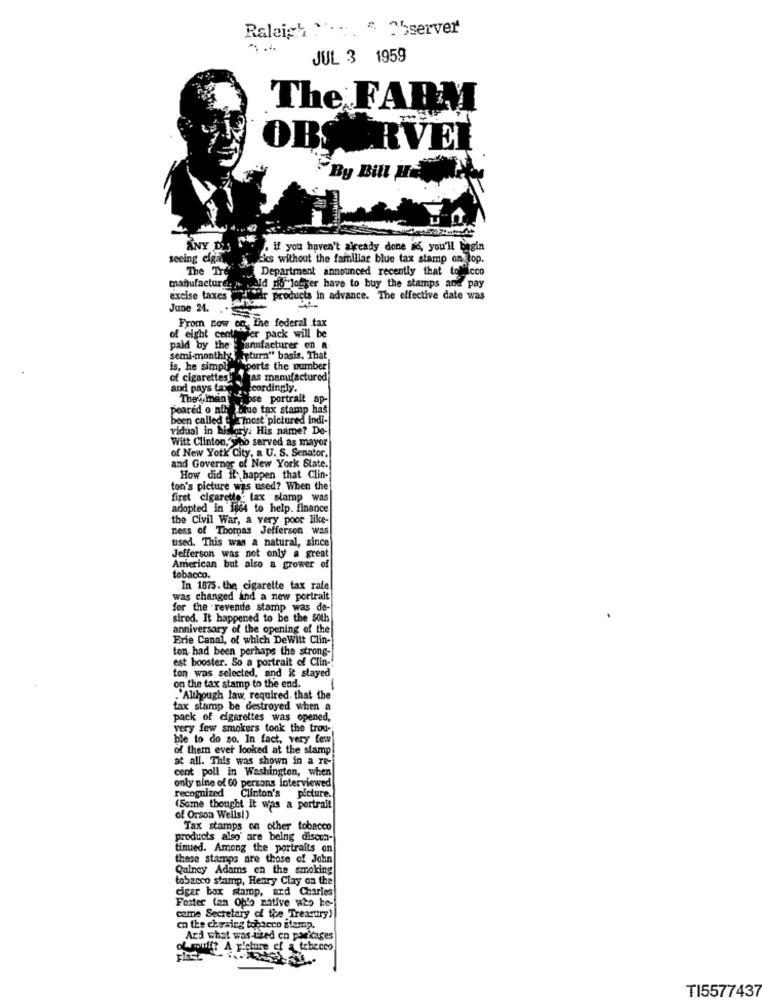
Raleigh ... $. Observer
JUL 3 1959
The FARM
OBSERVEI
By Bill He
ANY DIS
if you haven't already done io, you'll begin
seeing diga
Eks without the familiar blue tax stamp on top.
The The
Department announced recently that tobacco
manufactureron
ald no longer have to buy the stamps and pay
excise taxes
für products in advance. The effective date was
June 24.
From now on, the federal tax
of eight centrevier pack will be
paid by the
paid by the' anufacturer on a
semi-monthly return" basis, That
is, he simply
"Sports the number!
of cigarettes
as manufactured
and pays tas
Accordingly.
They man chose
ipse portrait
peared o nily 'tue tax stamp has
been called the most pictured indi-
vidual in history. His name? De-
Witt Clinton, Who served as mayor
of New York City, a U. S. Senator,
and Governor of New York State.
How did it happen that Clin-
ton's picture was used? When the
firet cigarette. tax slamp was
adopted in 1864 to help. finance
the Civil War, a very poor like-
ness of Thomas Jefferson was
used. This was a natural, since
Jefferson was not only a great
American but also a grower of
tobacco.
In 1875. the cigarette tax rate
was changed and a new portrait
for the revenfe stamp was de-
sired. It happened to be the 50th
anniversary of the opening of the
Erie Canal, of which DeWitt Clin-
ton, had been perhaps the strong-
est booster. So a portrait of Clin-
ton was selected, and it stayed
on the tax stamp to the end.
1
.Although law, required. that the
tax stamp be destroyed when a
pack of cigarettes was opened,
very few smokers took the trou-
ble to do so. In fact, very few
of them ever looked at the slamp
at all. This was shown in a re-
cent poll in Washington, when
only nine of 60 persons interviewed
recognized
d Clinton's picture.
(Some thought it was a portrait
of Orson Wells!)
Tax stamps on other tobacco
products also' are being discon-
tinued. Among the portraits on
these stamps are those of John
Quincy Adams en the smoking
tobacco stamp, Henry Clay on the
cigar box stamp, ard Charies
Foster (an Oplo native who be-
come Secretary of the Treasttry !!
en the chewing tobacco ztemp.
Ard what was used en packages
muff? A y'eture cf a tebeceo
TI5577437